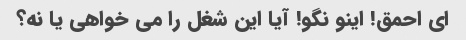
ای احمق! اینو نگو! آیا این شغل را می خواهی یا نه؟